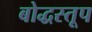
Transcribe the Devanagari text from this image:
बोद्धस्तूप